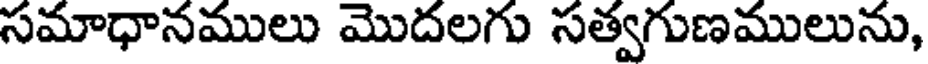
సమాధానములు మొదలగు సత్వగుణములును,